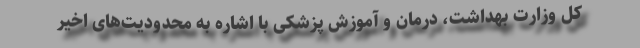
کل وزارت بهداشت، درمان و آموزش پزشکی با اشاره به محدودیت‌های اخیر